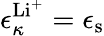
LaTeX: \epsilon_{\kappa}^{\mathrm{Li^{+}}}=\epsilon_{\mathrm{s}}